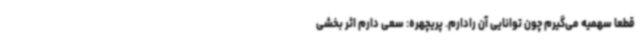
قطعا سهمیه می‌گیرم چون توانایی آن رادارم. پریچهره: سعی دارم اثر بخشی